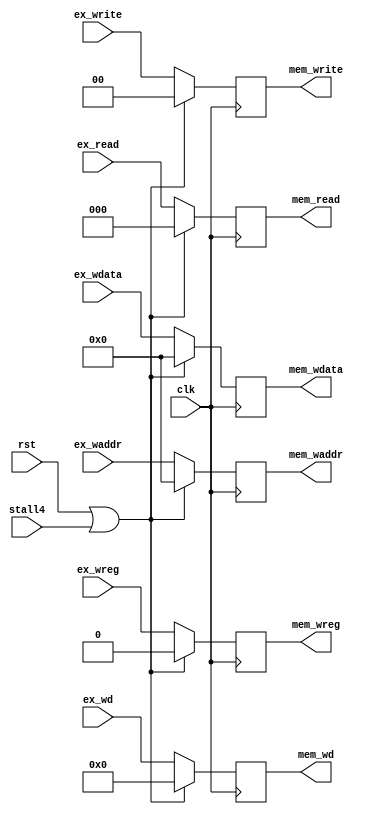
module ex_mem(
    input wire clk,
    input wire rst,
    //ex
    input wire[2:0] ex_read,
    input wire[1:0] ex_write,
    input wire[4:0] ex_wd,
    input wire ex_wreg,
    input wire[31:0] ex_waddr,
    input wire[31:0] ex_wdata,
    //mem
    output reg[2:0] mem_read,
    output reg[1:0] mem_write,
    output reg[4:0] mem_wd,
    output reg mem_wreg,
    output reg[31:0] mem_waddr,
    output reg[31:0] mem_wdata,
    //stall4
    input wire stall4
);

    always@(posedge clk) begin
        if(rst == 1'b1 || stall4 == 1'b1) begin
            mem_read <= 3'b0;
            mem_write <= 2'b0;
            mem_wd <= 5'h0;
            mem_wreg <= 1'b0;
            mem_waddr <= 32'h0;
            mem_wdata <= 32'h0;
        end else begin
            mem_read <= ex_read;
            mem_write <= ex_write;
            mem_wd <= ex_wd;
            mem_wreg <= ex_wreg;
            mem_waddr <= ex_waddr;
            mem_wdata <= ex_wdata;
        end
    end

endmodule